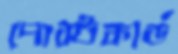
পোস্টকার্ড